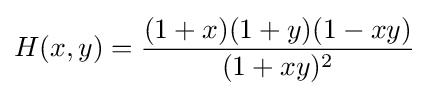
H(x,y)={\frac {(1+x)(1+y)(1-xy)}{(1+xy)^{2}}}